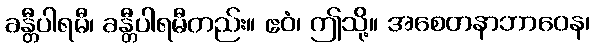
ခန္တီပါရမီ၊ ခန္တီပါရမီတည်း။ ဧဝံ၊ ဤသို့။ အစေတနာဘာဝေန၊